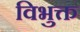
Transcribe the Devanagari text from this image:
विभुक्त